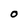
Character: 0